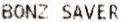
BONZ SAVER